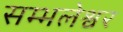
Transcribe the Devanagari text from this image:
सम्भलेश्वर